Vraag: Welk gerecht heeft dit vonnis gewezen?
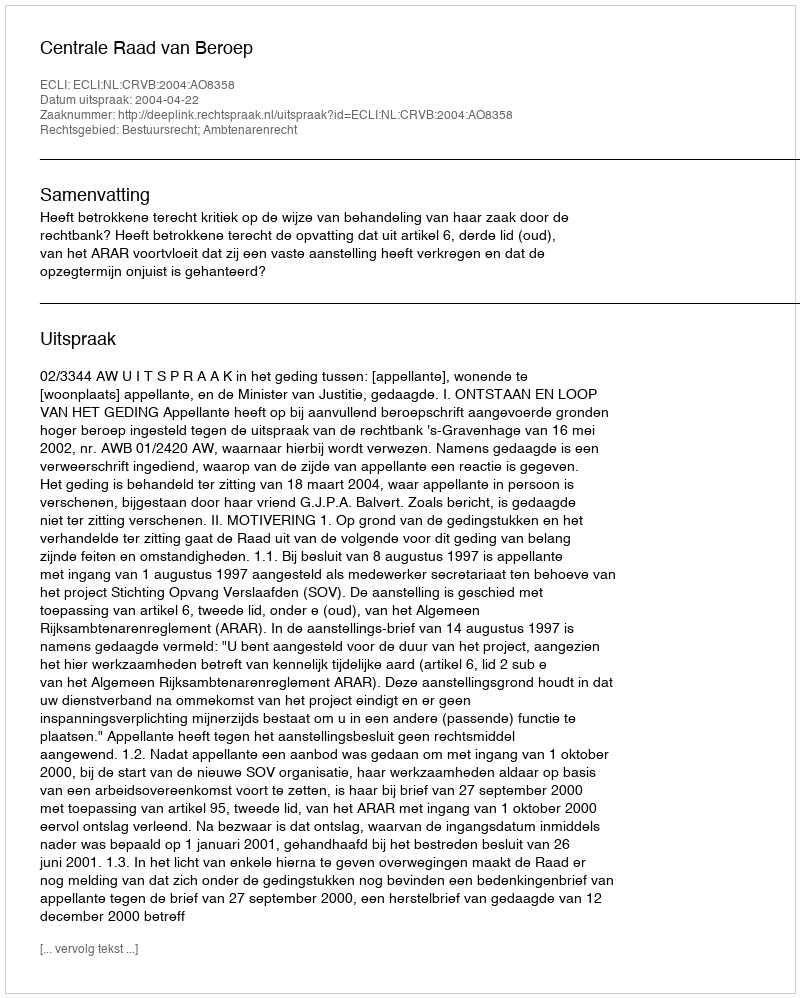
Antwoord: Centrale Raad van Beroep